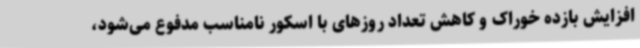
افزایش بازده خوراک و کاهش تعداد روزهای با اسکور نامناسب مدفوع می‌شود،